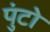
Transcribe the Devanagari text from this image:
पुंटो